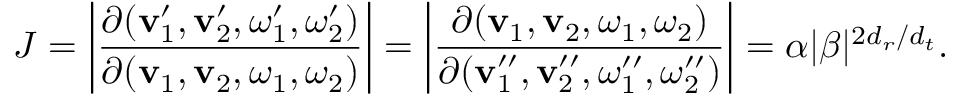
J = \left| \frac { \partial ( \mathbf { v } _ { 1 } ^ { \prime } , \mathbf { v } _ { 2 } ^ { \prime } , \boldsymbol { \omega } _ { 1 } ^ { \prime } , \boldsymbol { \omega } _ { 2 } ^ { \prime } ) } { \partial ( \mathbf { v } _ { 1 } , \mathbf { v } _ { 2 } , \boldsymbol { \omega } _ { 1 } , \boldsymbol { \omega } _ { 2 } ) } \right| = \left| \frac { \partial ( \mathbf { v } _ { 1 } , \mathbf { v } _ { 2 } , \boldsymbol { \omega } _ { 1 } , \boldsymbol { \omega } _ { 2 } ) } { \partial ( \mathbf { v } _ { 1 } ^ { \prime \prime } , \mathbf { v } _ { 2 } ^ { \prime \prime } , \boldsymbol { \omega } _ { 1 } ^ { \prime \prime } , \boldsymbol { \omega } _ { 2 } ^ { \prime \prime } ) } \right| = \alpha | \beta | ^ { 2 { d _ { r } } / { d _ { t } } } .